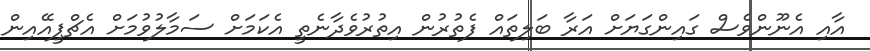
އާއި އެނޫންވެސް ގައިންގަޔަށް އަރާ ބަލިތައް ފެތުރުން އިތުރުވެދާނެތީ އެކަމަށް ސަމާލުވުމަށް އެޗްޕީއޭއިން